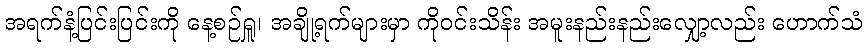
အရက်နံ့ပြင်းပြင်းကို နေ့စဉ်ရှူ၊ အချို့ရက်များမှာ ကိုဝင်းသိန်း အမူးနည်းနည်းလျှော့လည်း ဟောက်သံ